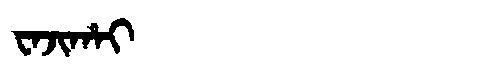
Manchu: ᠸᠠᠵᡳᡥᠠᡳ
Romanization: WAJIHAI